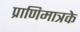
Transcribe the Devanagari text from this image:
प्राणिमात्रके